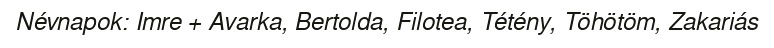
Névnapok: Imre + Avarka, Bertolda, Filotea, Tétény, Töhötöm, Zakariás